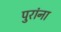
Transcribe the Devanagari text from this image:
पुरांना